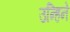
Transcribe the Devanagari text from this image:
उन्हिने